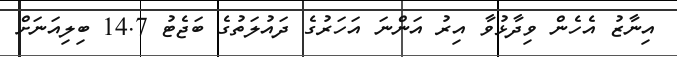
އިނާޒު އެހެން ވިދާޅުވާ އިރު އަންނަ އަހަރުގެ ދައުލަތުގެ ބަޖެޓު 14.7 ބިލިއަނަށް